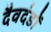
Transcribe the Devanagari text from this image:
दैवदंडों